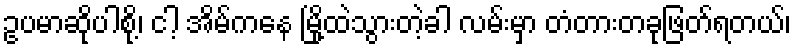
ဥပမာဆိုပါစို့၊ ငါ့ အိမ်ကနေ မြို့ထဲသွားတဲ့ခါ လမ်းမှာ တံတားတခုဖြတ်ရတယ်၊